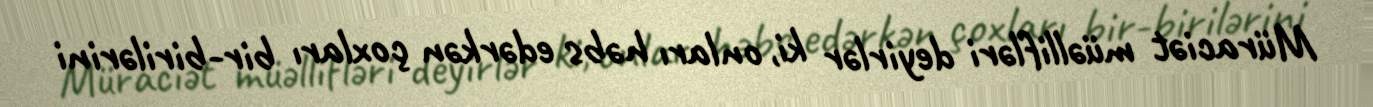
Müraciət müəllifləri deyirlər ki, onları həbs edərkən çoxları bir-birilərini